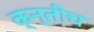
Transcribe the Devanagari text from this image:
क्न्तीच